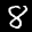
Label: 8